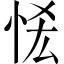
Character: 恡